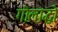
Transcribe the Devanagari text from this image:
गोलाद्धो